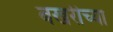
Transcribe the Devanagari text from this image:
बखरीच्या